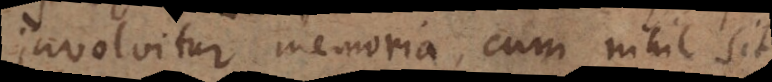
involvitur memoria, cum nihil sit